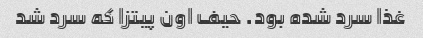
غذا سرد شده بود. حیف اون پیتزا که سرد شد